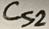
Text: Cs2